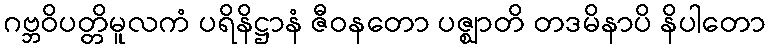
ဂဗ္ဘဝိပတ္တိမူလကံ ပရိနိဋ္ဌာနံ ဇီဝနတော ပဇ္ဈာတိ တဒမိနာပိ နိပါတော